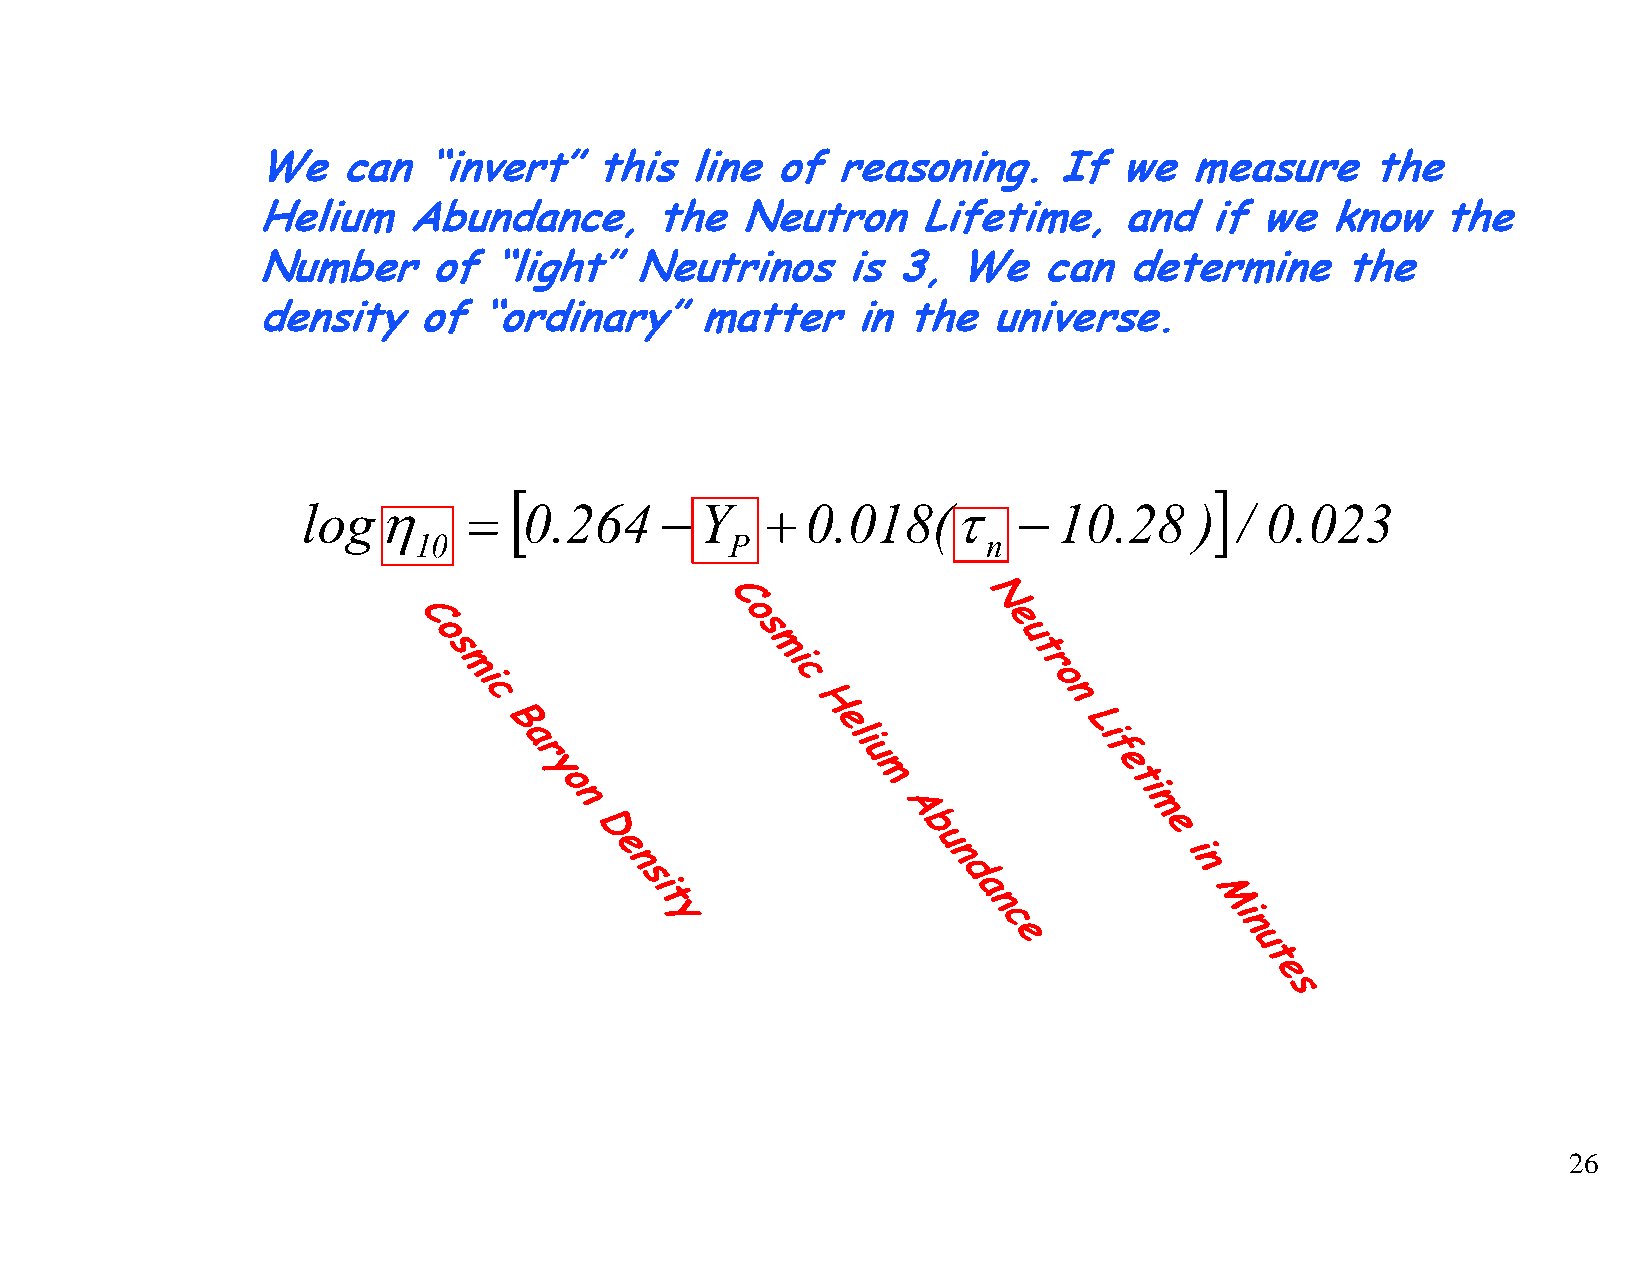
We    can  “invert”this      line of  reasoning.     If  we   measure     the
 Helium    Abundance,      the   Neutron     Lifetime,    and   if we   know   the
 Number     of  “light”Neutrinos        is 3,  We    can  determine      the
 density    of  “ordinary”matter         in the   universe.
 [                                             ]
 logη       =   0.264    −Y     + 0.018(τ       −  10.28    )  / 0.023
 10                   P                n
 C                N
 C                     o                e
 o                    s                 u
 s                    m                 t
 m                    i                r
 i                    c                o
 c                                      n
 H
 B                     e               L
 a                     l i             i
 f
 r                    u
 y                    m               e
 o                                     t i
 n                     A               m
 D                    b               e
 e                    u                i
 n                    n               n
 s                    d
 i                     a               M
 t                     n
 y                                    i
 c              n
 e
 u
 t
 e
 s
 26